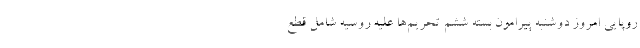
روپایی امروز دوشنبه پیرامون بسته ششم تحریم‌ها علیه روسیه شامل قطع